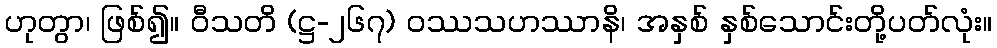
ဟုတွာ၊ ဖြစ်၍။ ဝီသတိ (ဋ္ဌ-၂၆၇) ဝဿသဟဿာနိ၊ အနှစ် နှစ်သောင်းတို့ပတ်လုံး။